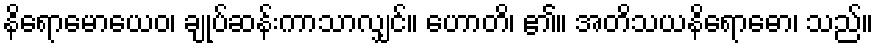
နိရောမောယေဝ၊ ချုပ်ဆန်းကာသာလျှင်။ ဟောတိ၊ ၏။ အတိသယနိရောဓော၊ သည်။